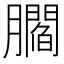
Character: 𰯤